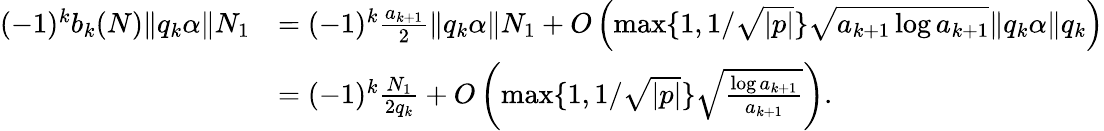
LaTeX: \begin{array}{rl}{(-1)^{k}b_{k}(N)\| q_{k}\alpha\| N_{1}}&{=(-1)^{k}\frac{a_{k+1}}{2}\| q_{k}\alpha\| N_{1}+O\left(\operatorname*{max}\{ 1,1/\sqrt{|p|}\} \sqrt{a_{k+1}\log a_{k+1}}\| q_{k}\alpha\| q_{k}\right)}\\ &{=(-1)^{k}\frac{N_{1}}{2q_{k}}+O\left(\operatorname*{max}\{ 1,1/\sqrt{|p|}\} \sqrt{\frac{\log a_{k+1}}{a_{k+1}}}\right).}\end{array}